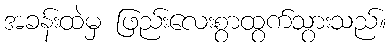
အခန်းထဲမှ ဖြည်းလေးစွာထွက်သွားသည်။